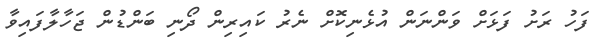
ފަހު ރަށު ފަޅަށް ވަންނަން އުޅެނިކޮށް ނެރު ކައިރިން ދޯނި ބަންޑުން ޖަހާލާފައިވާ